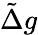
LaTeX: \tilde{\Delta}g